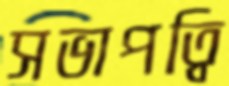
সভাপত্বি